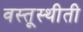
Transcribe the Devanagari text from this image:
वस्तूस्थीती